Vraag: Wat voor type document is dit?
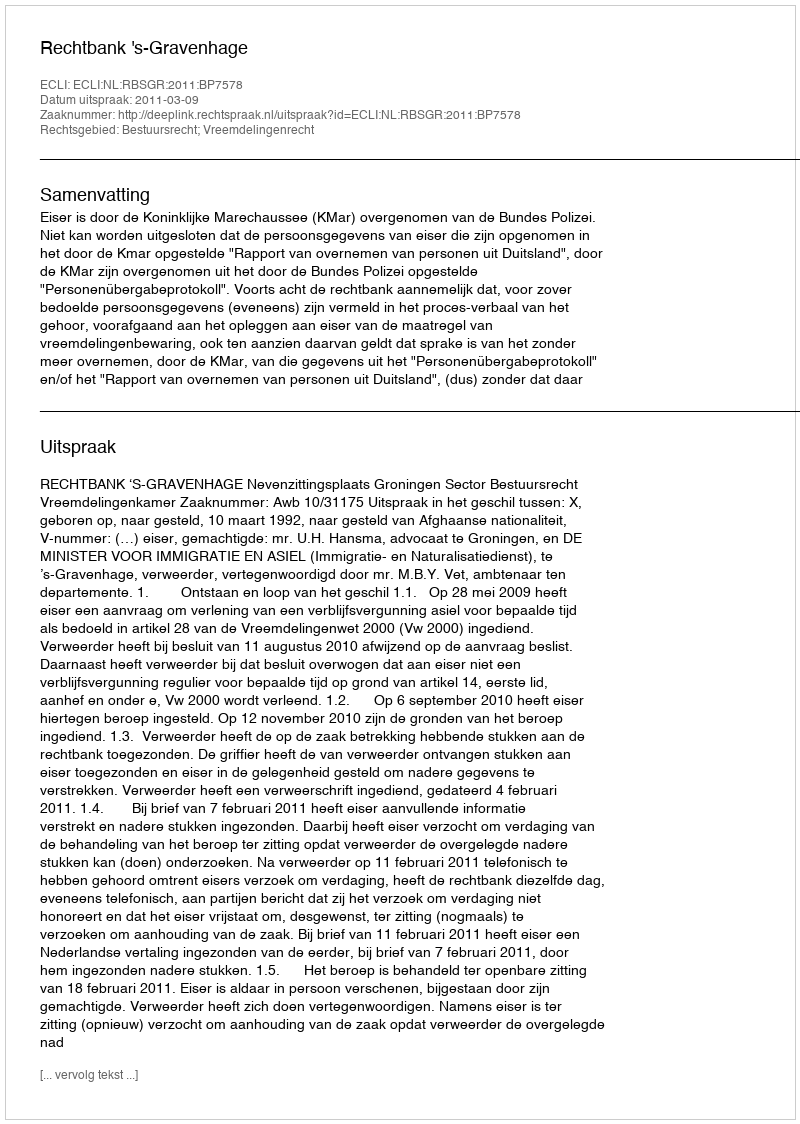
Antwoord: Uitspraak